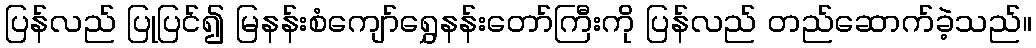
ပြန်လည် ပြုပြင်၍ မြနန်းစံကျော်ရွှေနန်းတော်ကြီးကို ပြန်လည် တည်ဆောက်ခဲ့သည်။